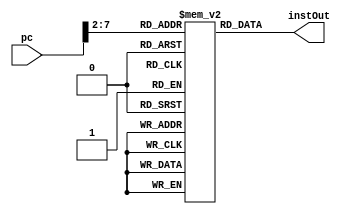
`timescale 1ns / 1ps
//////////////////////////////////////////////////////////////////////////////////
// Company: 
// Engineer: 
// 
// Design Name: 
// Module Name: instruction_memory
// Project Name: final 
// Target Devices: 
// Tool Versions: 
// Description: 
// We keep the 2d memory array in here, which we index with the pc
// This is where we are keeping the instructions that are to be executed
// Dependencies: 
// 
// Revision:
// Revision 0.01 - File Created
// Additional Comments:
// 
//////////////////////////////////////////////////////////////////////////////////


module instruction_memory(
    input [31:0] pc,
    output reg [31:0] instOut
    );
    reg [31:0] memory [0:63];
    initial begin //throws error outside of initial begin
        // final project instructions
        memory[25] <= 32'h00221820; //add   $3 $1 $2
        memory[26] <= 32'h01232022; //sub   $4 $9 $3
        memory[27] <= 32'h00692825; //or    $5 $3 $9
        memory[28] <= 32'h00693026; //xor   $6 $3 $9
        memory[29] <= 32'h00693824; //and   $7 $3 $9
    end
    always @(*)begin
        instOut <= memory[pc[7:2]]; //we only need 6 bits to address 63:0
    end
endmodule